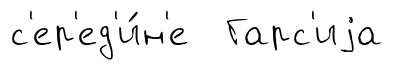
с'ер'ед'и́н'е Гарс'иjа